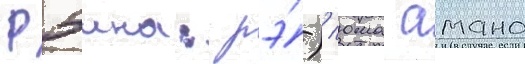
Рэина: рэ́)/ юма амано